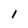
Character: 1